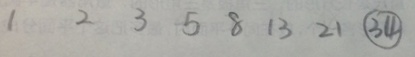
1 2 3 5 8 1 3 2 1 \textcircled { 3 4 }